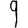
Digit: 9